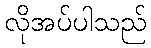
လိုအပ်ပါသည်